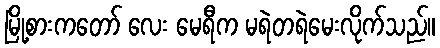
မြို့စားကတော် လေး မေရီက မရဲတရဲမေးလိုက်သည်။